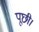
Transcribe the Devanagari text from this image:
पूछी।